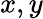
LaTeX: x,y